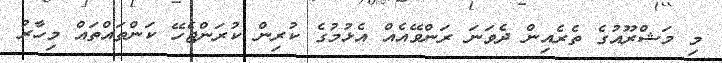
މި މަޝްރޫއުގެ ތެރެއިން ދެވަނަ ރަންވޭއެއް އެޅުމުގެ ކުރިން ކުރަންޖެހޭ ކަންތައްތައް މިހާރު